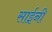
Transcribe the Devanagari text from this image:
साईनी